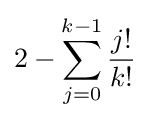
2-\sum _{j=0}^{k-1}{\frac {j!}{k!}}